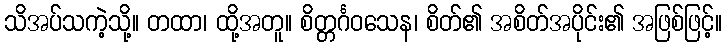
သိအပ်သကဲ့သို့။ တထာ၊ ထို့အတူ။ စိတ္တင်္ဂဝသေန၊ စိတ်၏ အစိတ်အပိုင်း၏ အဖြစ်ဖြင့်။